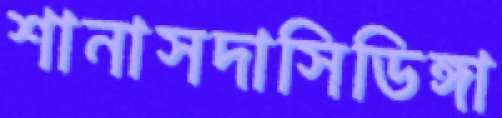
শানাসদাসিডিঙ্গা